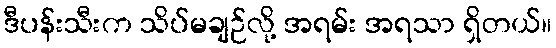
ဒီပန်းသီးက သိပ်မချဉ်လို့ အရမ်း အရသာ ရှိတယ်။